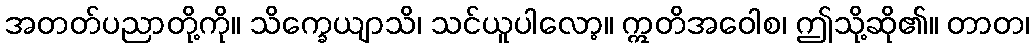
အတတ်ပညာတို့ကို။ သိက္ခေယျာသိ၊ သင်ယူပါလော့။ ဣတိအဝေါစ၊ ဤသို့ဆို၏။ တာတ၊